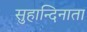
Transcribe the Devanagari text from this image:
सुहान्दिनाता